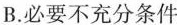
B.必要不充分条件